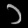
Digit: ၁